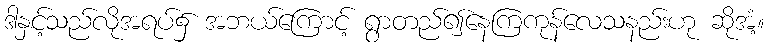
ဒါနှင့်သည်လိုအရပ်၌ အဘယ်ကြောင့် ရွာတည်၍နေကြကုန်လေသနည်းဟု ဆိုအံ့။